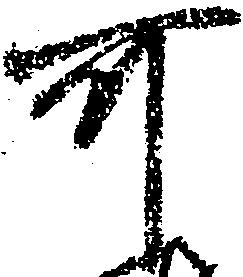
可